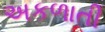
અકળાતી